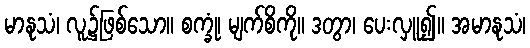
မာနုသံ၊ လူ၌ဖြစ်သော။ စက္ခုံ၊ မျက်စိကို။ ဒတွာ၊ ပေးလှူ၍။ အမာနုသံ၊